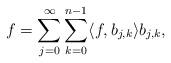
LaTeX: \begin{align*}f=\sum_{j=0}^\infty\sum_{k=0}^{n-1}\langle f,b_{j,k}\rangle b_{j,k},\end{align*}